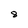
Character: 8